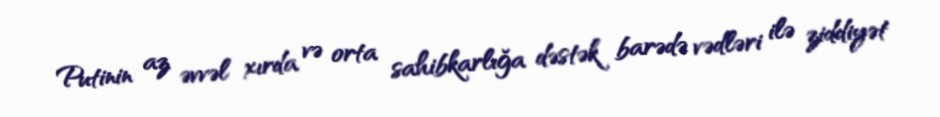
Putinin az əvvəl xırda və orta sahibkarlığa dəstək barədə vədləri ilə ziddiyət